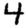
Digit: 4